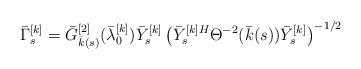
LaTeX: \begin{align*}\bar{\Gamma}_{s}^{[k]}=\bar{G}_{\bar{k}(s)}^{[2]}(\bar{\lambda}_{0}^{[k]})\bar{Y}^{[k]}_{s}\left(\bar{Y}^{[k]H}_{s}\Theta^{-2}(\bar{k}(s))\bar{Y}^{[k]}_{s}\right)^{-1/2}\end{align*}